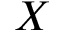
X